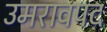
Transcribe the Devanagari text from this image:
उमरावपद